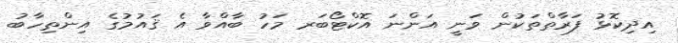
އިދިކޮޅު ފަރާތްތަކުން ވަނީ އަންނަ އޮކްޓޯބަރ މަހު ބާއްވާ އެ ޤައުމުގެ އިންތިހާބު